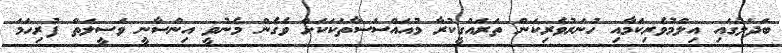
ބަދަލުގައި އިލްމުވެރިކަމާއި ހުނަރުވެރިކަން ތަރައްގީކުރާ މުއައްސަސާތަކަކަށް ވެގެން މެނުވީ އިންސާނީ ވަސީލަތް ފުރިހަމަ